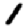
Digit: 1